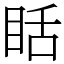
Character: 䀨